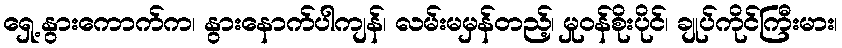
ရှေ့နွားကောက်က၊ နွားနောက်ပါကျန်၊ လမ်းမမှန်တည့်၊ မှုဝန်စိုးပိုင်၊ ချုပ်ကိုင်ကြီးမား၊